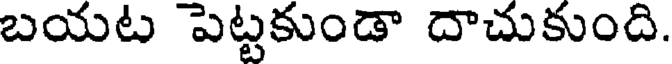
బయట పెట్టకుండా దాచుకుంది.